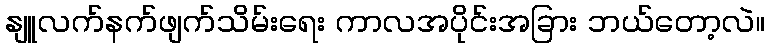
နျူလက်နက်ဖျက်သိမ်းရေး ကာလအပိုင်းအခြား ဘယ်တော့လဲ။